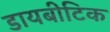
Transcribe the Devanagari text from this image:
डायबीटिक